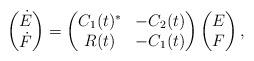
LaTeX: \begin{align*}\begin{pmatrix}\dot{E} \\\dot{F}\end{pmatrix} = \begin{pmatrix}C_1(t)^{*} & -C_2(t) \\R(t) & -C_1(t)\end{pmatrix} \begin{pmatrix}E\\F\end{pmatrix},\end{align*}